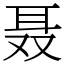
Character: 聂